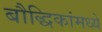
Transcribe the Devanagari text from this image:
बौद्धिकांमध्ये